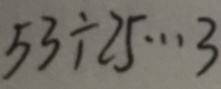
5 3 \div 2 5 \cdots 3